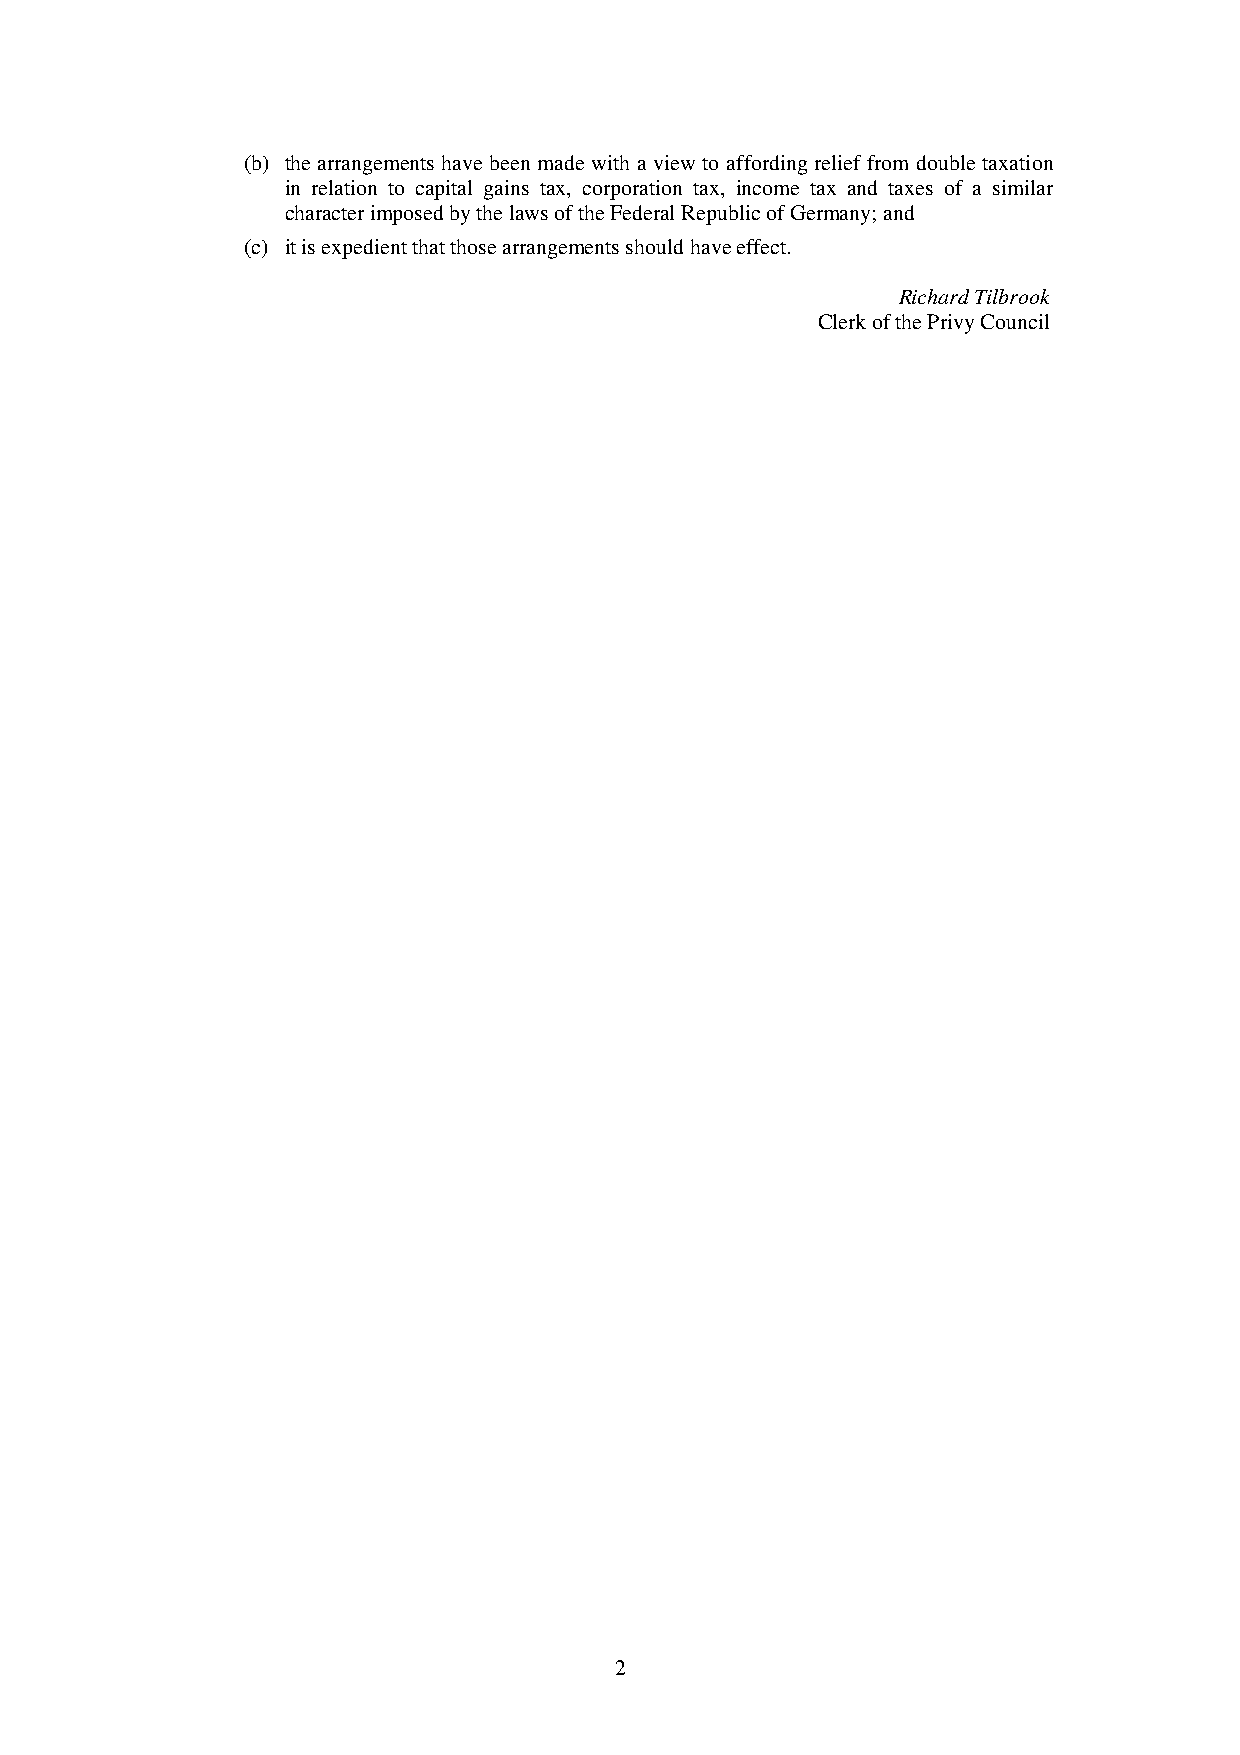
(b) the arrangements have been made with a view to affording relief from double taxation
 in relation to capital gains tax, corporation tax, income tax and taxes of a similar
 character imposed by the laws of the Federal Republic of Germany; and
 (c) it is expedient that those arrangements should have effect.
 Richard Tilbrook
 Clerk of the Privy Council
 2